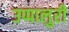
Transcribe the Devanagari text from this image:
उप्पालुरी